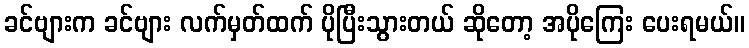
ခင်ဗျားက ခင်ဗျား လက်မှတ်ထက် ပိုပြီးသွားတယ် ဆိုတော့ အပိုကြေး ပေးရမယ်။